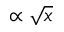
\propto \sqrt { x }